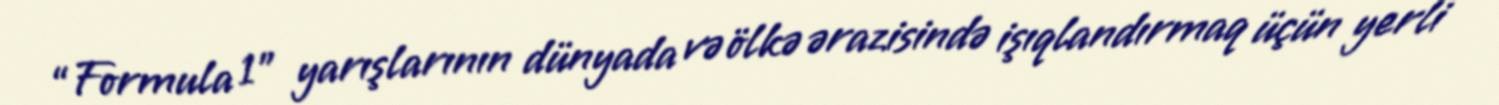
“Formula 1” yarışlarının dünyada və ölkə ərazisində işıqlandırmaq üçün yerli